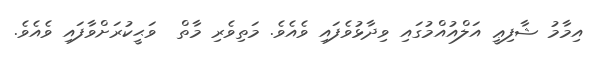
އިމާމު ޝާފިޢީ އަލްއުއްމުގައި ވިދާޅުވެފައި ވެއެވެ. މަތިވެރި މާތް  ވަޙީކުރަށްވާފައި ވެއެވެ.